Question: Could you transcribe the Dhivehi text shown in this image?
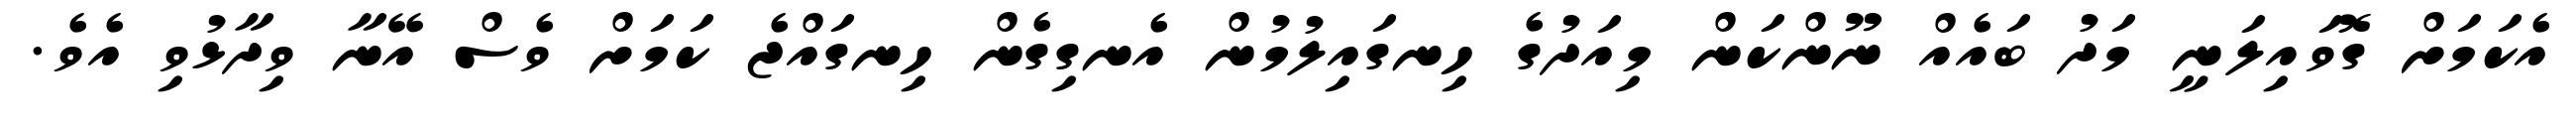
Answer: އެކަމަށް ގޮވައިލަނީ މަދު ބައެއް ނޫންކަން މިއަދުގެ ހިނގައިލުމުން އެނގިގެން ހިނގައްޖެ ކަމަށް ވެސް އޭނާ ވިދާޅުވި އެވެ.